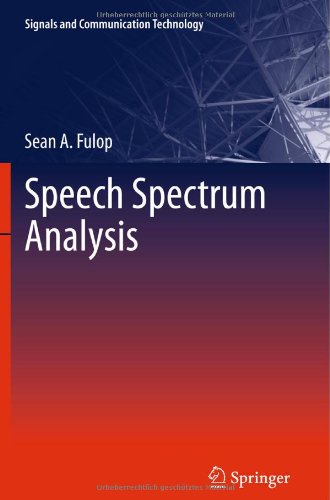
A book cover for Speech Spectrum Analysis (Signals and Communication Technology); Sean Fulop; Computers & Technology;